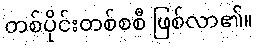
တစ်ပိုင်းတစ်စစီ ဖြစ်လာ၏။